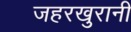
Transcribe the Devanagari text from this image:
जहरखुरानी